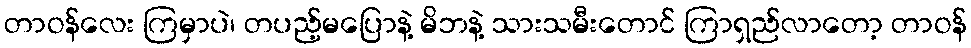
တာဝန်လေး ကြမှာပဲ၊ တပည့်မပြောနဲ့ မိဘနဲ့ သားသမီးတောင် ကြာရှည်လာတော့ တာဝန်